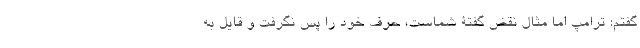
گفتم: ترامپ اما مثال نقض گفتۀ شماست، حرف خود را پس نگرفت و قایل به